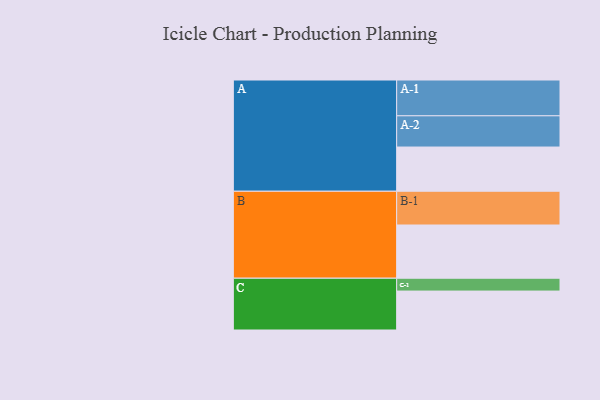
{"axis": {"x": "Segment", "y": "Value"}, "legend": ["", "A", "B", "C"], "data": [{"x": "A", "y": 368, "type": ""}, {"x": "B", "y": 443, "type": ""}, {"x": "C", "y": 324, "type": ""}, {"x": "A-1", "y": 298, "type": "A"}, {"x": "A-2", "y": 260, "type": "A"}, {"x": "B-1", "y": 281, "type": "B"}, {"x": "C-1", "y": 107, "type": "C"}]}